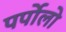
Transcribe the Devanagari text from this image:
पर्पोलो